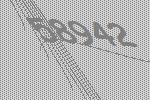
58942